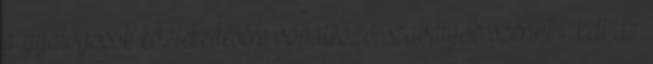
a gyalogosok közlekedésére vonatkozó szabályok szerint – kell az